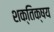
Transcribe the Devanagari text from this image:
शक्तिक्षय